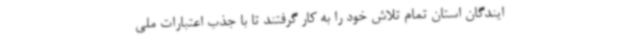
ایندگان استان تمام تلاش خود را به کار گرفتند تا با جذب اعتبارات ملی